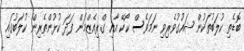
ބޮޑެތި ކުލަބުތަކުން ޝައުގުވެރިވި ނަމަވެސް ކޯކޭ އާއި ގްރިއެޒްމަން ފަދަ ކުޅުންތެރިން ކުލަބުގައި